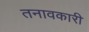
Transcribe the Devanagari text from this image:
तनावकारी